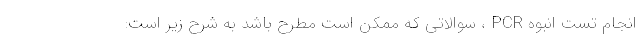
انجام تست انبوه PCR ، سوالاتی که ممکن است مطرح باشد به شرح زیر است: